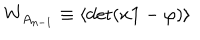
LaTeX: W _ { A _ { n - 1 } } \equiv \langle \mathrm { d e t } ( x { \bf 1 } - \varphi ) \rangle